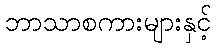
ဘာသာစကားများနှင့်